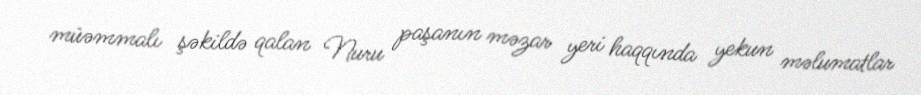
müəmmalı şəkildə qalan Nuru paşanın məzar yeri haqqında yekun məlumatlar